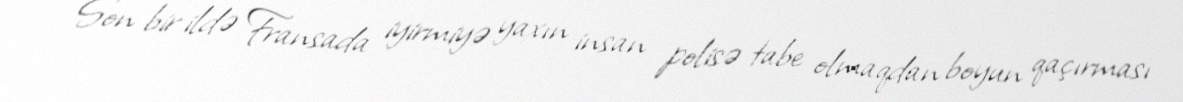
Son bir ildə Fransada iyirmiyə yaxın insan polisə tabe olmaqdan boyun qaçırması